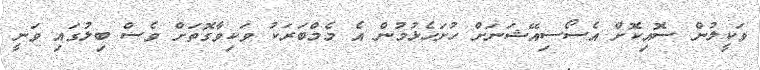
ވަކީލުން ސޮއިކޮށް އެސޯސިއޭޝަނަށް ހުށަހެޅުމުން އެ މެމްބަރަކު ވަކިވާގޮތަށް ވެސް ބިލުގައި ވަނީ